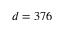
d = 3 7 6